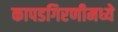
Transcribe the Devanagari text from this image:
कापडगिरणीमध्ये